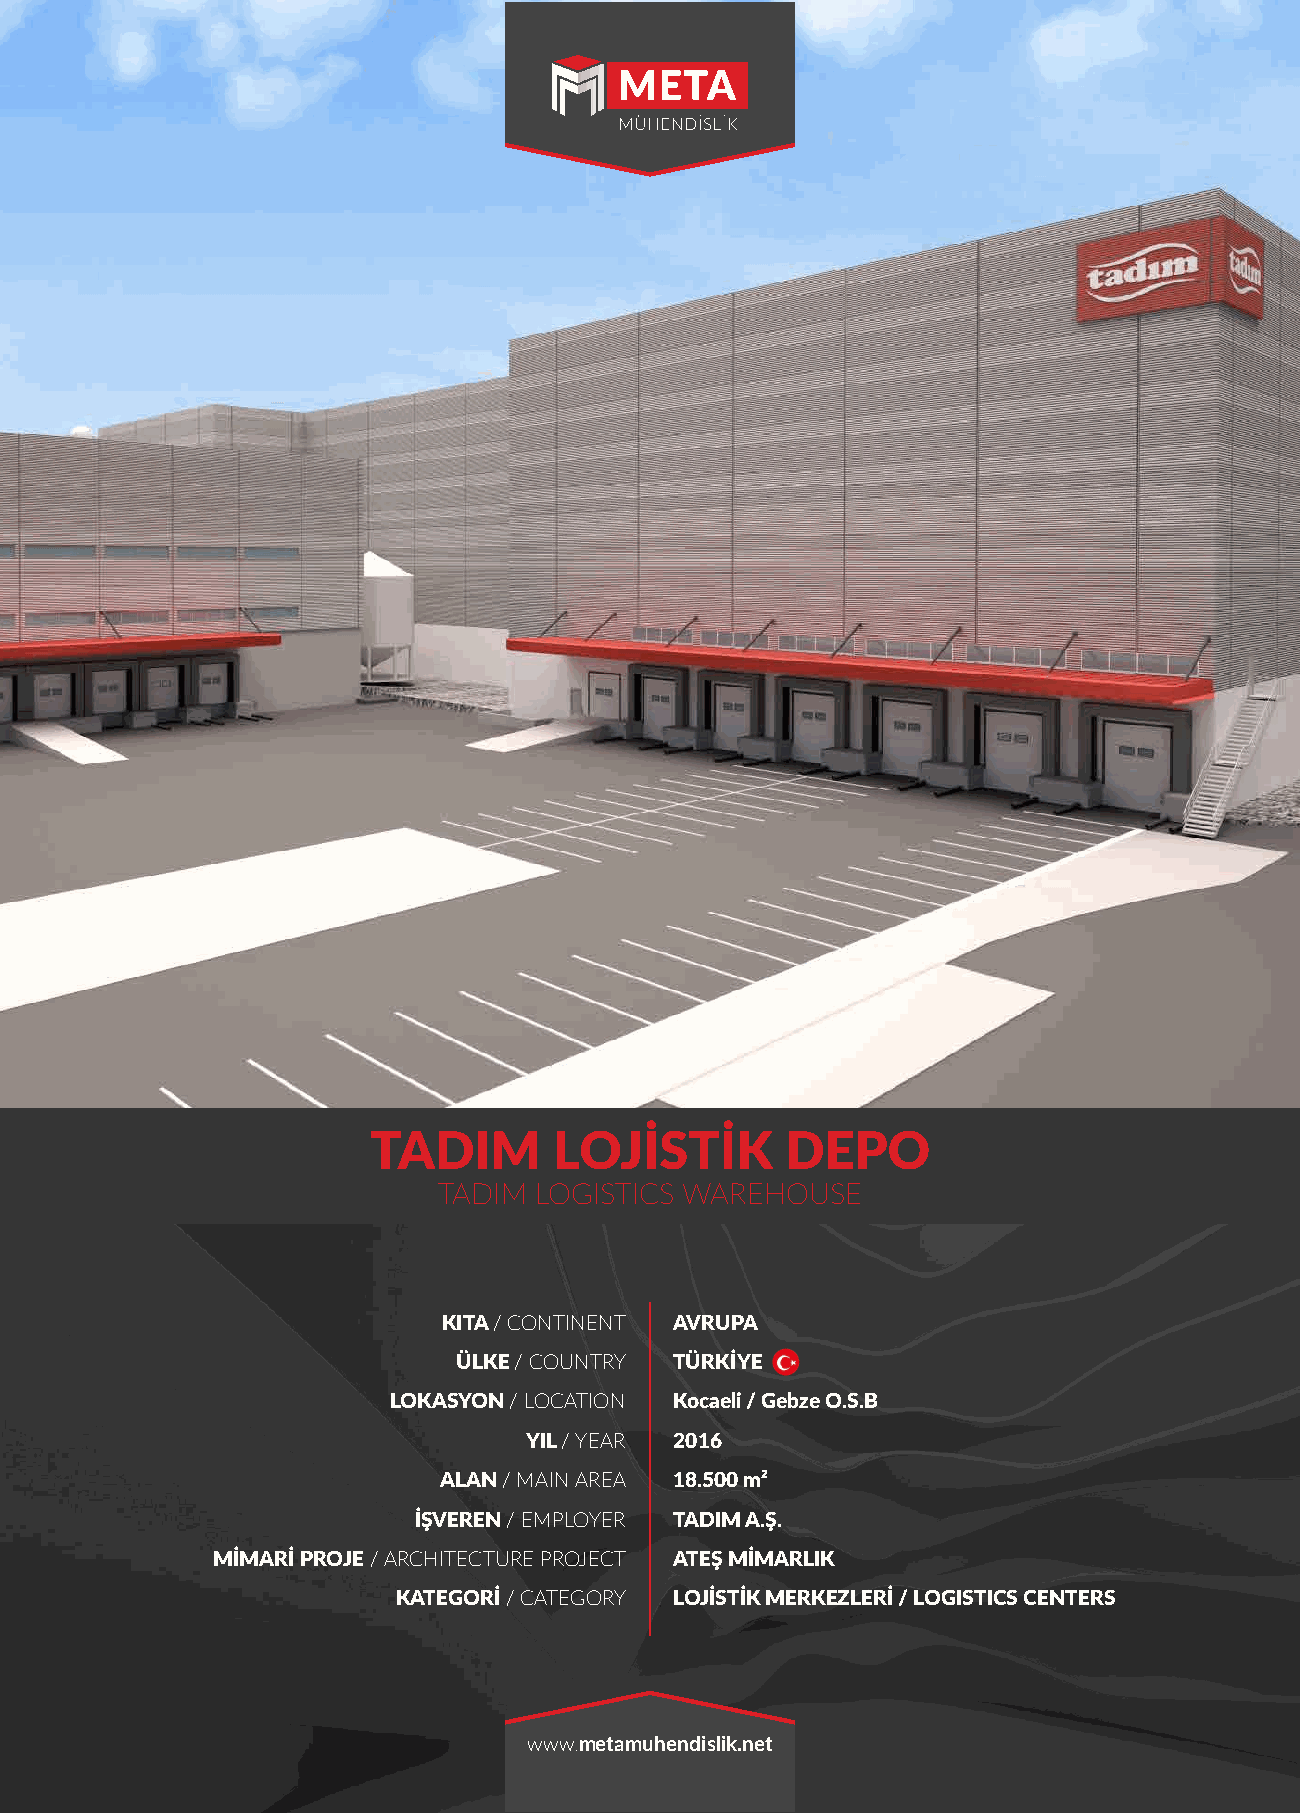
TADIM        LOJİSTİK       DEPO
 TADIM LOGISTICS WAREHOUSE
 KITA / CONTINENT AVRUPA
 ÜLKE / COUNTRY TÜRKİYE
 LOKASYON / LOCATION Kocaeli / Gebze O.S.B
 YIL / YEAR 2016
 ALAN / MAIN AREA 18.500 m²
 İŞVEREN / EMPLOYER TADIM A.Ş.
 MİMARİ PROJE / ARCHITECTURE PROJECT ATEŞ MİMARLIK
 KATEGORİ / CATEGORY LOJİSTİK MERKEZLERİ / LOGISTICS CENTERS
 www.metamuhendislik.net